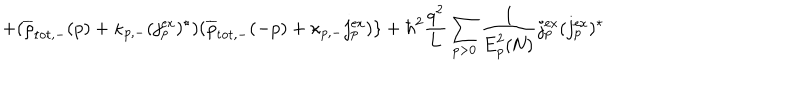
LaTeX: + ( \overline { { { \rho } } } _ { \mathrm { t o t , - } } ( p ) + { \kappa } _ { p , - } ( j _ { p } ^ { \mathrm { e x } } ) ^ { \star } ) ( \overline { { { \rho } } } _ { \mathrm { t o t , - } } ( - p ) + { \kappa } _ { p , - } { j _ { p } ^ { \mathrm { e x } } } ) \} + { \hbar } ^ { 2 } \frac { q ^ { 2 } } { q ^ { 2 } } { L } \sum _ { p > 0 } \frac { 1 } { \mathrm { E } _ { p } ^ { 2 } ( \mathrm { N } ) } j _ { p } ^ { \mathrm { e x } } ( j _ { p } ^ { \mathrm { e x } } ) ^ { \star }